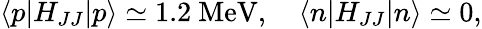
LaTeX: \langle p|H_{JJ}|p\rangle\simeq 1.2\mathrm{~MeV},\quad\langle n|H_{JJ}|n\rangle\simeq 0,